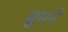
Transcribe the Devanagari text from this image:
सुमनें